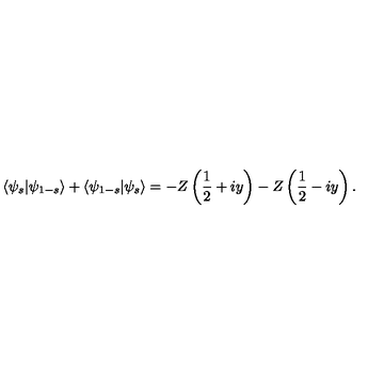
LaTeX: \langle \psi _ { s } \vert \psi _ { 1 - s } \rangle + \langle \psi _ { 1 - s } \vert \psi _ { s } \rangle = - Z \left( \frac { 1 } { 2 } + i y \right) - Z \left( \frac { 1 } { 2 } - i y \right) .